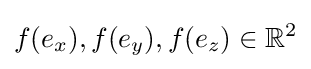
f(e_{x}),f(e_{y}),f(e_{z})\in \mathbb {R} ^{2}